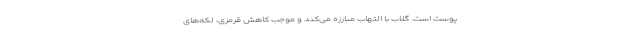
پوست است. گلاب با التهاب مبارزه می‌کند و موجب کاهش قرمزی، لکه‌های